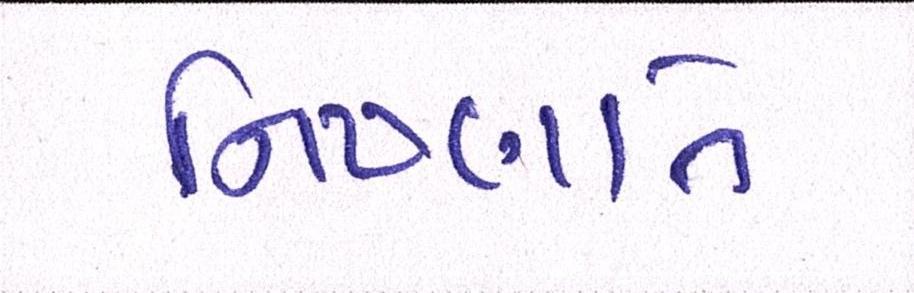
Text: નિષ્ણાતે